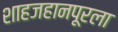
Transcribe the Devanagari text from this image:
शाहजहानपूरला